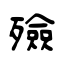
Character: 殮